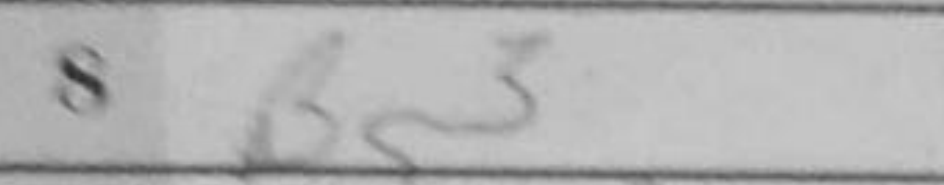
Transcription: Bg3